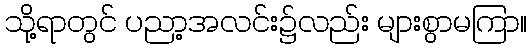
သို့ရာတွင် ပညာ့အလင်း၌လည်း များစွာမကြာ။